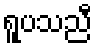
ရူပသညီ